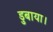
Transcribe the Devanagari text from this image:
डुबाया।